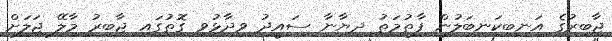
ޖާބިރުގެ އަނބިކަނބަލުން ފާތުމަތު ދިޔާނާ ސައީދު ވިދާޅުވި ގޮތުގައި ޖާބިރު މާލޭ ޖަލަށް